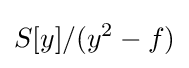
S[y]/(y^{2}-f)